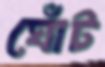
ঘোঁট